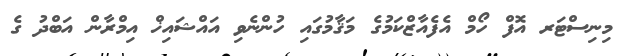
މިނިސްޓަރ އޮފް ހޯމް އެފެއާޒްކަމުގެ މަޤާމުގައި ހުންނެވި އައްޝައިޚް އިމްރާން އަބްދު ގެ